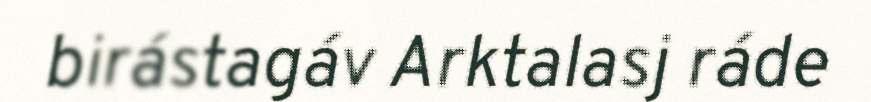
birástagáv Arktalasj ráde